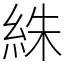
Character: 絑